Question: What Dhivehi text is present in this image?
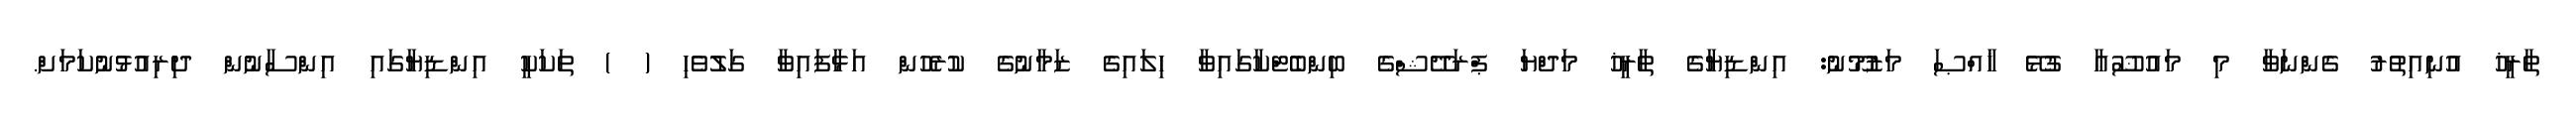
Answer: ތާރީޚު އުނިއިތުރު ގެންނަވާ މި މައުޟޫޢާ ގުޅޭ ޚާއްޞަ މަޒުމޫނު: އިންޑިޔާގެ ތާރީޚު މަދްޔަ ޕްރަދޭޝްގެ ބިންބެޓްކާގައިވާ ހިލައިގެ ޒަމާނުގެ ކުރެހުން އަޅާފައިވާ ގަލުވެހި ( ) ތަކަކީ އިންޑިޔާގައި އިންސާނުން ދިރިއުޅުނުކަމަށް.